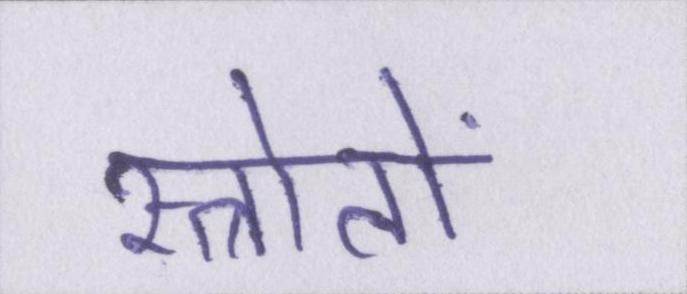
स्त्रोतों